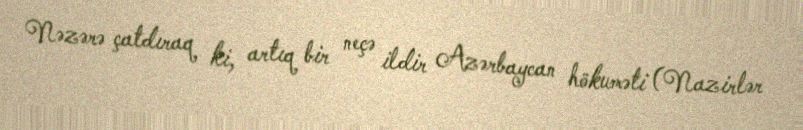
Nəzərə çatdıraq ki, artıq bir neçə ildir Azərbaycan hökuməti (Nazirlər